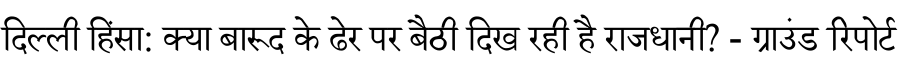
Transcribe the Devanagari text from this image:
दिल्ली हिंसा: क्या बारूद के ढेर पर बैठी दिख रही है राजधानी? - ग्राउंड रिपोर्ट